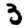
Digit: 3